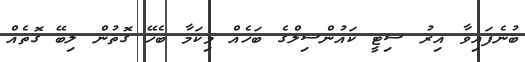
ބުނެފައިވާ އިރު ސިޓީ ކައުންސިލްގެ ބަހެއް މިކަމާ ބެހޭ ގޮތުން ލިބޭ ގޮތެއް